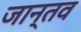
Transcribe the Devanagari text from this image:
जान्तव